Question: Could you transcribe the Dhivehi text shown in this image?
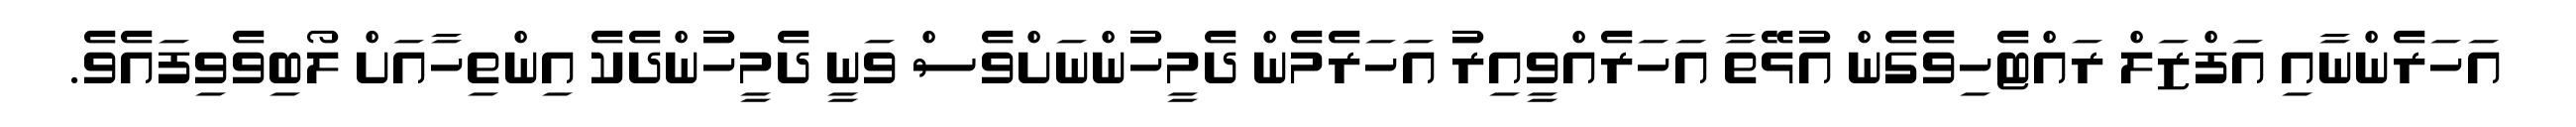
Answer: އަހަރެންނާއި އަފްޒަލް ރައްޓެހިވެގެން އުޅޭތާ އަހަރެއްވީއިރު އަހަރެމެން ދެމީހުންނަށްވެސް ވަނީ ދެމީހުންދެކެ އިންތިހާއަށް ލޯބިވެވިފައެވެ.